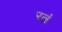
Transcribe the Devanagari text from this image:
रत्नं